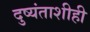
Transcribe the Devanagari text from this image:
दुष्यंताशीही